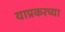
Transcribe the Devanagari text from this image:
याप्रकरच्या